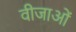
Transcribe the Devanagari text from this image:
वीजाओं